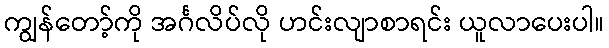
ကျွန်တော့်ကို အင်္ဂလိပ်လို ဟင်းလျာစာရင်း ယူလာပေးပါ။